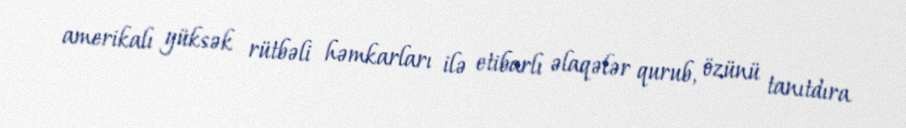
amerikalı yüksək rütbəli həmkarları ilə etibarlı əlaqələr qurub, özünü tanıtdıra